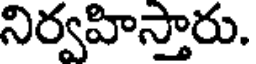
నిర్వహిస్తారు.